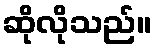
ဆိုလိုသည်။